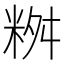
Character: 𥹮